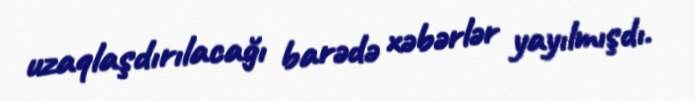
uzaqlaşdırılacağı barədə xəbərlər yayılmışdı.